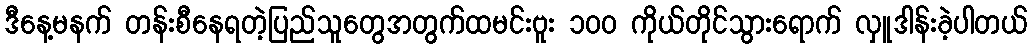
ဒီနေ့မနက် တန်းစီနေရတဲ့ပြည်သူတွေအတွက်ထမင်းဗူး ၁၀၀ ကိုယ်တိုင်သွားရောက် လှူဒါန်းခဲ့ပါတယ်